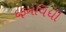
દફનવિધી